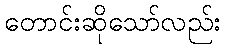
တောင်းဆိုသော်လည်း